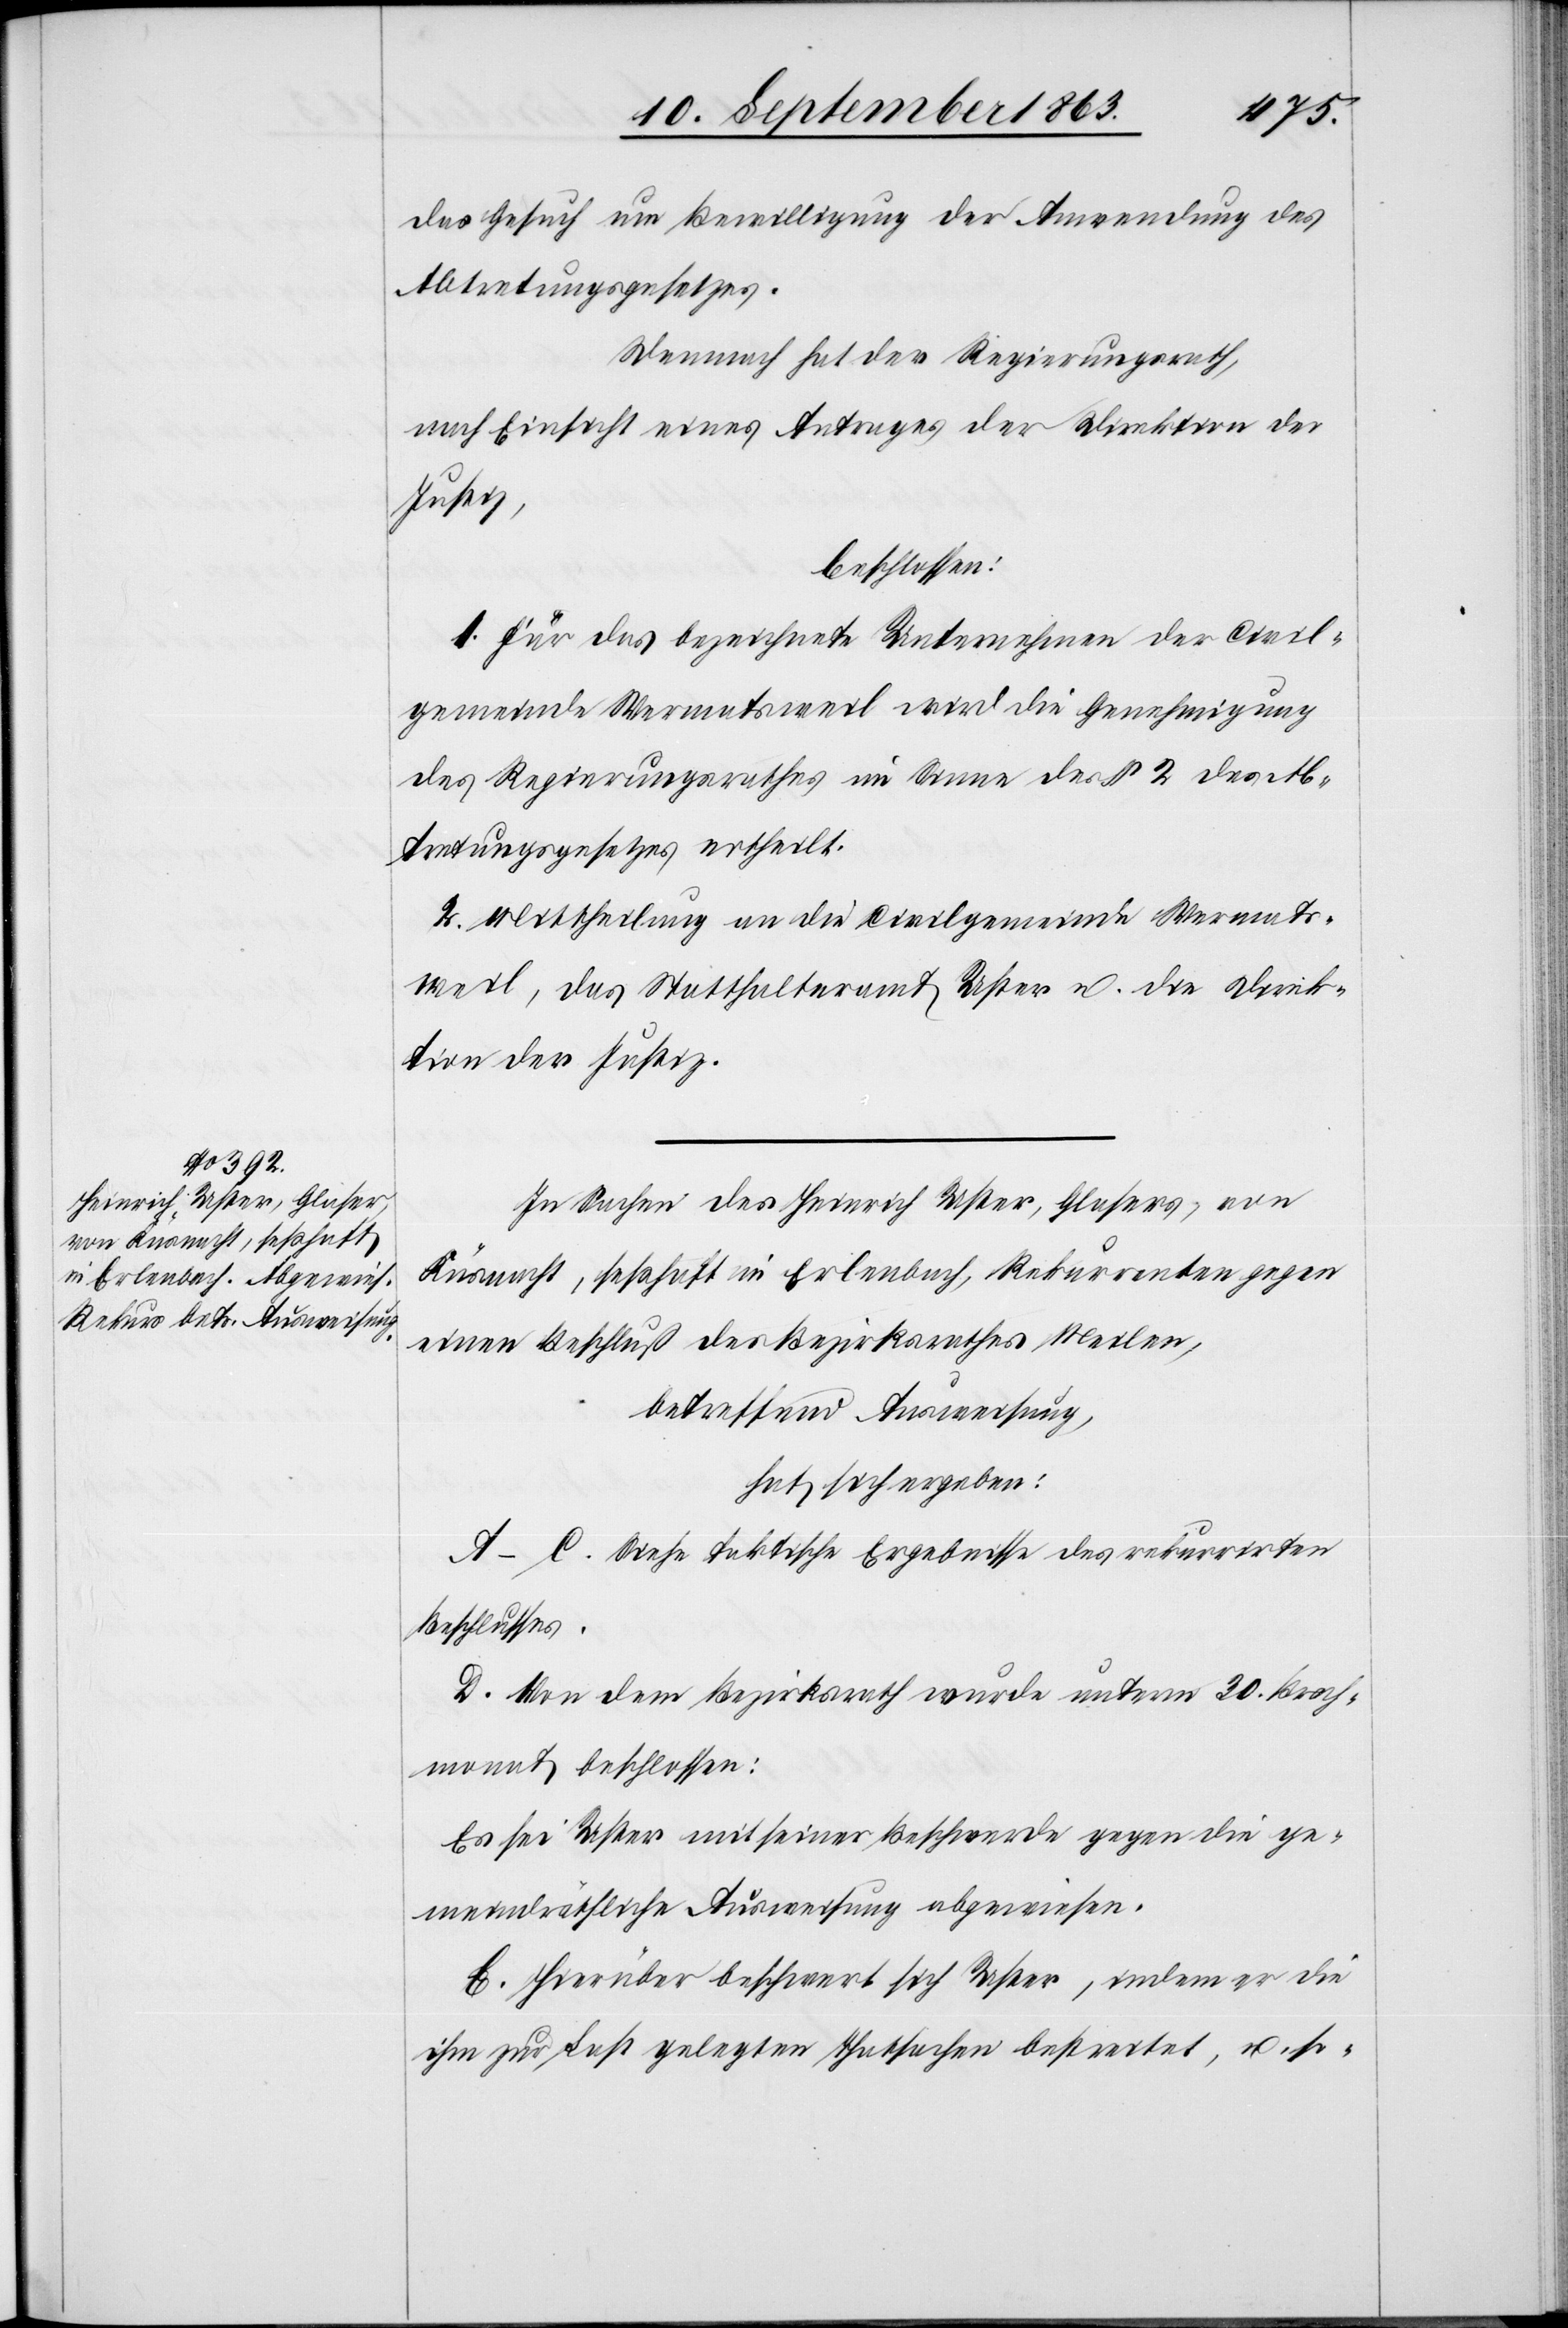
das Gesuch um Bewilligung der Anwendung des
Abtretungsgesetzes.
Demnach hat der Regierungsrath,
nach Einsicht eines Antrages der Direktion der
Justiz,
beschlossen:
1. Für das bezeichnete Unternehmen der Civil¬
gemeinde Wermatsweil wird die Genehmigung
des Regierungsrathes im Sinne des § 2 des Ab¬
tretungsgesetzes ertheilt.
2. Mittheilung an die Civilgemeinde Wermats¬
weil, das Statthalteramt Uster u. die Direk¬
tion der Justiz.
In Sachen des Heinrich Uster, Glasers, von
Küsnacht, seßhaft im Erlenbach, Rekurrenten gegen
einen Beschluß des Bezirksrathes Meilen,
betreffend Ausweisung,
hat sich ergeben:
A–C. Siehe faktische Ergebnisse des rekurrirten
Beschlusses.
D. Von dem Bezirksrath wurde unterm 30. Brach¬
monat beschlossen:
Es sei Uster mit seiner Beschwerde gegen die ge¬
meindräthliche Ausweisung abgewiesen.
E. Hierüber beschwert sich Uster, indem er die
ihm zur Last gelegten Thatsachen bestreite, u. so-